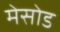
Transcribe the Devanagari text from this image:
मेसोड